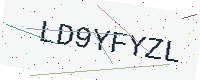
Text: LD9YFYZL